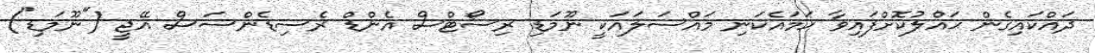
ދައްކައިގެން ޙައްލުކޮށްފައިވާ ހަމައެކަނި މައްސަލައަކީ ނޫމަޑި ރިސޯޓްސް އެންޑް ރެސިޑެންސަސް އޭޖީ ("ނޫމަޑި")